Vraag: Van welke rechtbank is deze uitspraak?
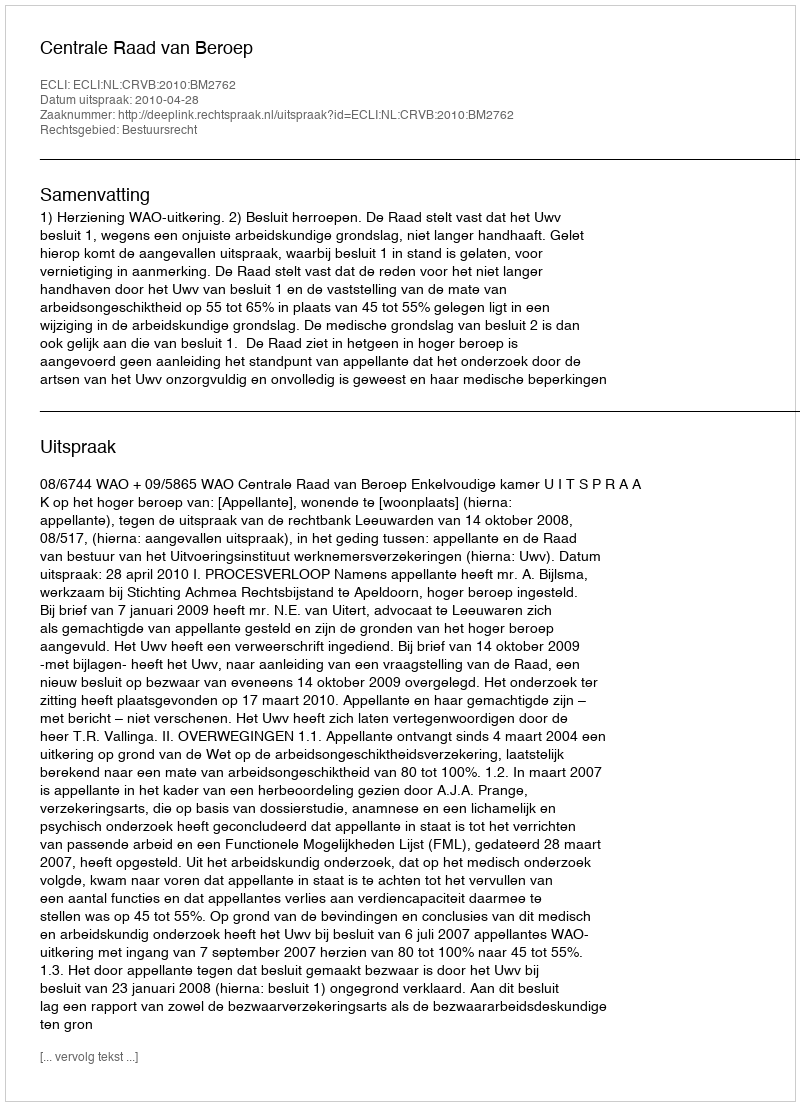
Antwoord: Centrale Raad van Beroep